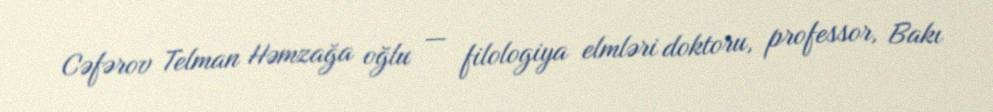
Cəfərov Telman Həmzağa oğlu — filologiya elmləri doktoru, professor, Bakı